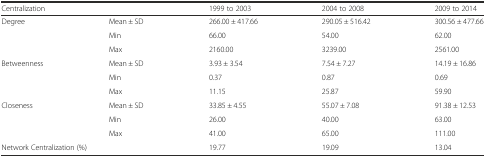
| <COLSPAN=2> Centralization | 1999 to 2003 | 2004 to 2008 | 2009 to 2014 |
 | --- | --- | --- | --- | --- |
 | <ROWSPAN=3> Degree | Mean ± SD | 266.00 ± 417.66 | 290.05 ± 516.42 | 300.56 ± 477.66 |
 | Min | 66.00 | 54.00 | 62.00 |
 | Max | 2160.00 | 3239.00 | 2561.00 |
 | <ROWSPAN=3> Betweenness | Mean ± SD | 3.93 ± 3.54 | 7.54 ± 7.27 | 14.19 ± 16.86 |
 | Min | 0.37 | 0.87 | 0.69 |
 | Max | 11.15 | 25.87 | 59.90 |
 | <ROWSPAN=3> Closeness | Mean ± SD | 33.85 ± 4.55 | 55.07 ± 7.08 | 91.38 ± 12.53 |
 | Min | 26.00 | 40.00 | 63.00 |
 | Max | 41.00 | 65.00 | 111.00 |
 | <COLSPAN=2> Network Centralization (%) | 19.77 | 19.09 | 13.04 |